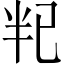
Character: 𫧟